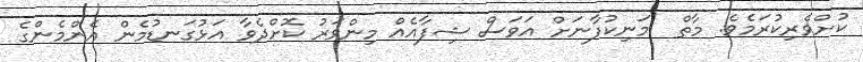
ކުށްވެރިކުރަމެވެ. މާތް  މަނިކުފާނަށް އަވަސް ޝިފާއެއް މިންވަރު ކޮށްދެވާ އަޅުގަނޑުމެން އެންމެންގެ